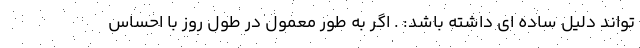
تواند دلیل ساده ای داشته باشد: . اگر به طور معمول در طول روز با احساس